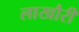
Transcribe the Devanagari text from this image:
लाखौरी